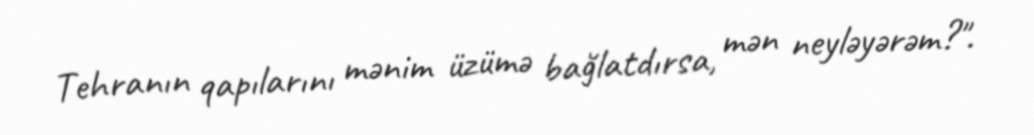
Tehranın qapılarını mənim üzümə bağlatdırsa, mən neyləyərəm?".